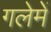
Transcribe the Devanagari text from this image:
गलेमें